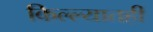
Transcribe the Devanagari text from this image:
किल्ल्यातही